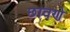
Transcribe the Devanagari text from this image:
छावणे